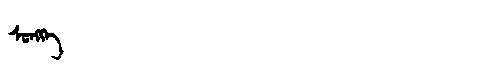
Manchu: ᠰᡠᠩᡴᡝ
Romanization: SUNGKE